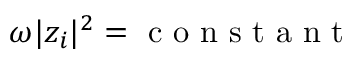
\omega | z _ { i } | ^ { 2 } = \mathrm { ~ c ~ o ~ n ~ s ~ t ~ a ~ n ~ t ~ }